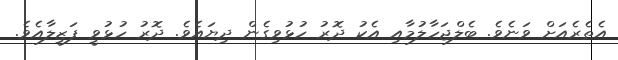
އެތެރެއަށް ވަނެވެ. ބެލްޖަހާލުމާއި އެކު ދޮރު ހުޅުވިގެން ދިޔައެވެ. ދޮރު ހުޅުވީ ފަޒީލާއެވެ.